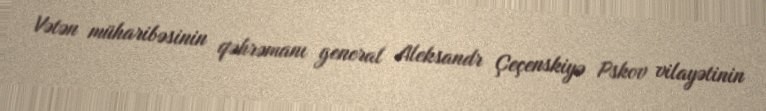
Vətən müharibəsinin qəhrəmanı general Aleksandr Çeçenskiyə Pskov vilayətinin